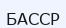
БАССР